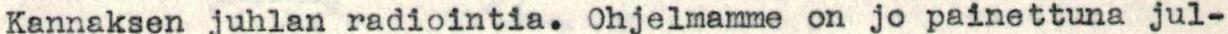
Kannaksen juhlan radiointia. Ohjelmamme on jo painettuna jul-